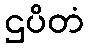
ဌပိတံ